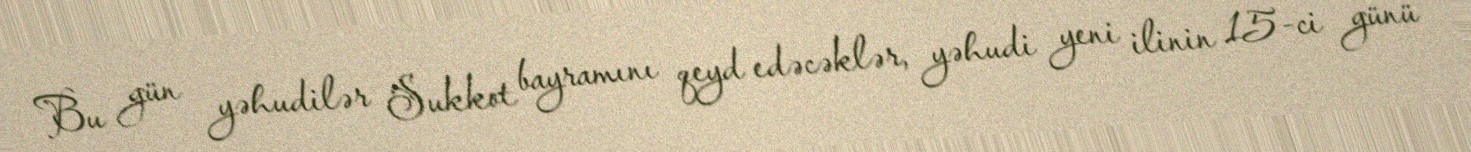
Bu gün yəhudilər Sukkot bayramını qeyd edəcəklər, yəhudi yeni ilinin 15-ci günü